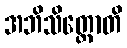
အဘိသိတ္တောတိ